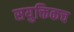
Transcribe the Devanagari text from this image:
सयुक्तिकच